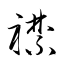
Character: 襟